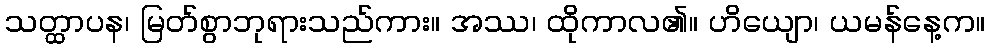
သတ္ထာပန၊ မြတ်စွာဘုရားသည်ကား။ အဿ၊ ထိုကာလ၏။ ဟိယျော၊ ယမန်နေ့က။